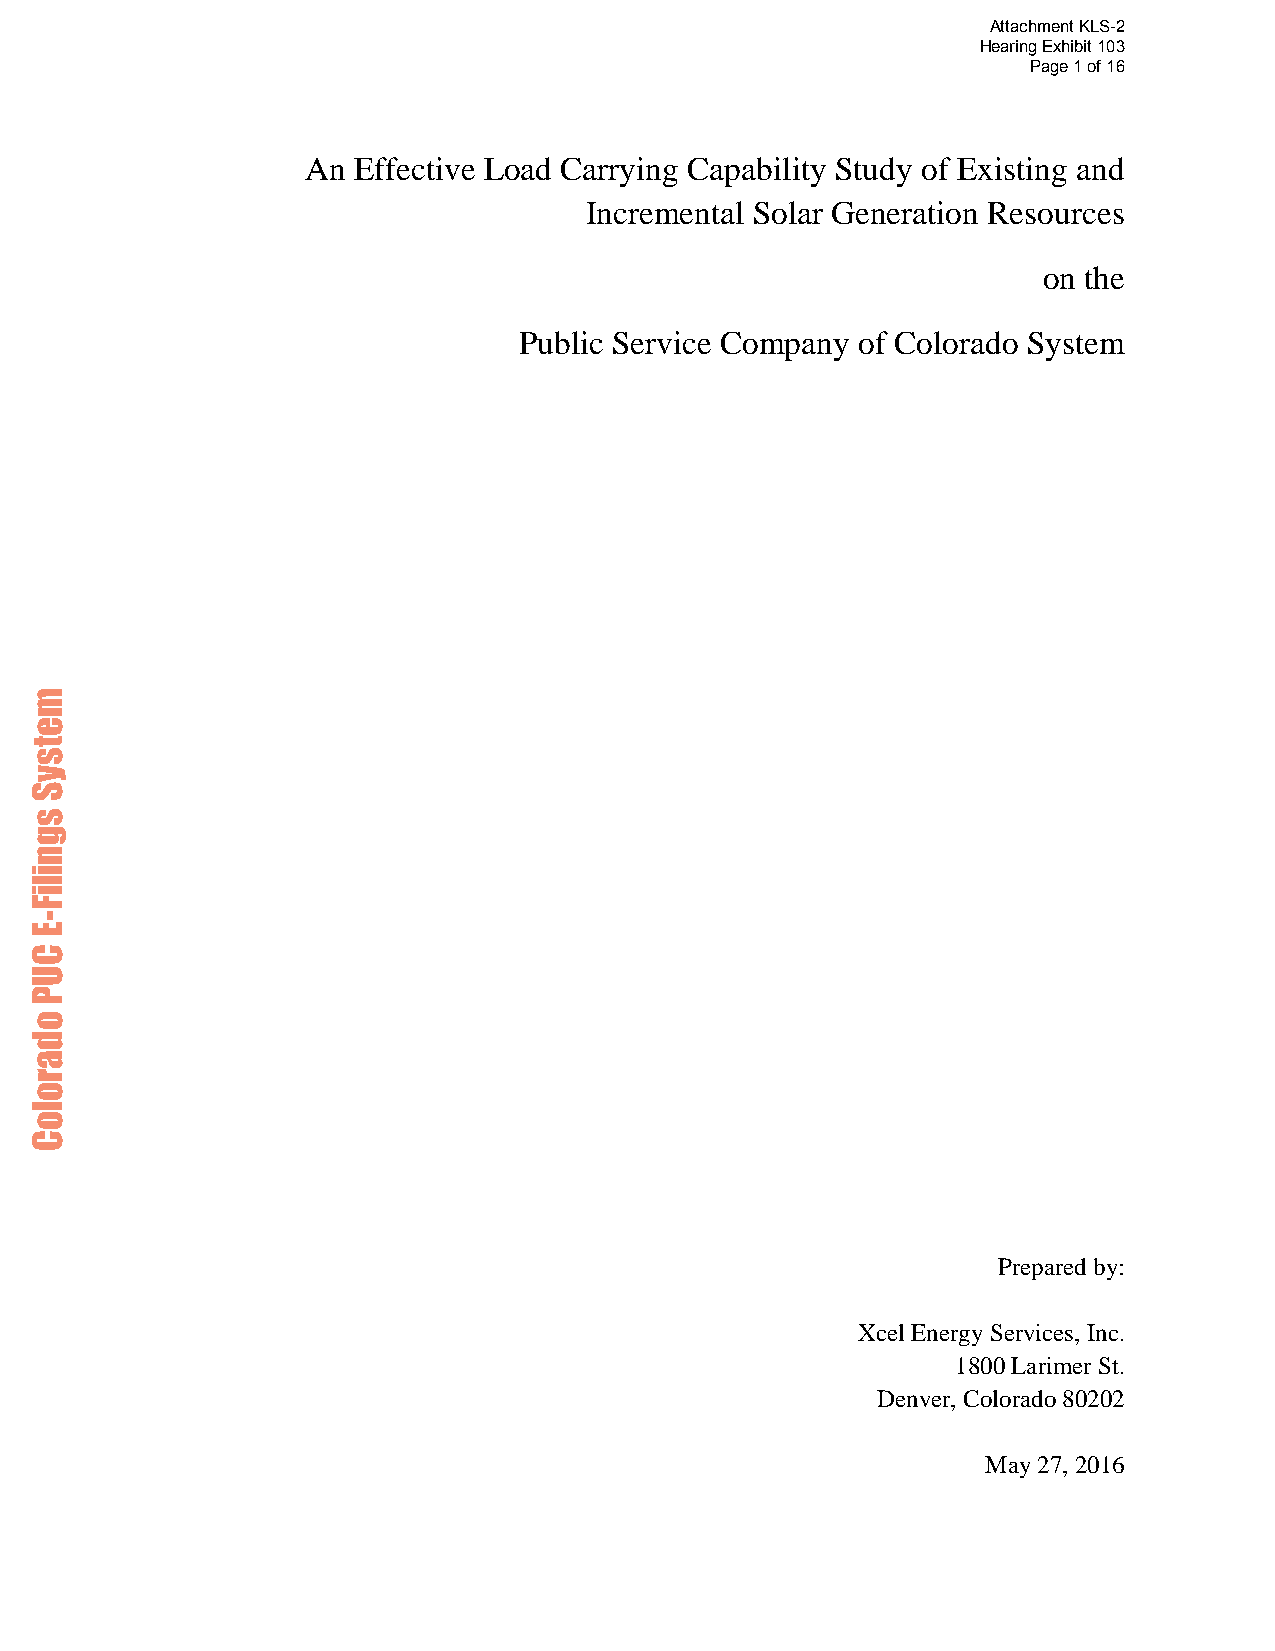
Attachment KLS-2
 Hearing Exhibit 103
 Page 1 of 16
 An Effective Load Carrying Capability Study of Existing and
 Incremental Solar Generation Resources
 on the
 Public Service Company of Colorado System
 Prepared by:
 Xcel Energy Services, Inc.
 1800 Larimer St.
 Denver, Colorado 80202
 May 27, 2016
 metsyS
 sgniliF-E
 CUP
 odaroloC